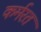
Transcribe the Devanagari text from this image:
कर्मरत